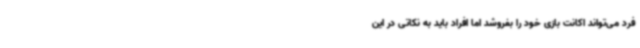
فرد می‌تواند اکانت بازی خود را بفروشد اما افراد باید به نکاتی در این